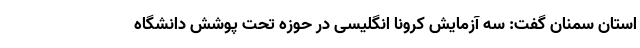
استان سمنان گفت: سه آزمایش کرونا انگلیسی در حوزه تحت پوشش دانشگاه